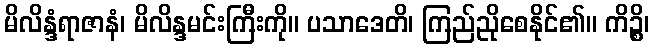
မိလိန္ဒံရာဇာနံ၊ မိလိန္ဒမင်းကြီးကို။ ပသာဒေတိ၊ ကြည်ညိုစေနိုင်၏။ ကိဉ္စိ၊